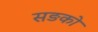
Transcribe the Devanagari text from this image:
सङको